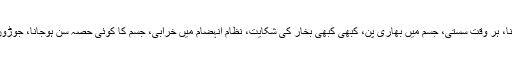
گٹھیا کی بیماری میں جوڑوں میں درد، کھانا اچھا نہ لگنا، پیاس زیادہ لگنا، ہر وقت سستی، جسم میں بھاری پن، کبھی کبھی بخار کی شکایت، نظامِ انہضام میں خرابی، جسم کا کوئی حصہ سُن ہوجانا، جوڑوں کو چھونے یا ہلانے سے بھی درد وغیرہ کی علامات دکھائی دیتی ہیں۔